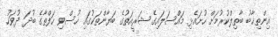
އިންތިޚާބު ބާތިލްކުރުމަށް ހުށައެޅި މައްސަލައިގެ ޝަރީއަތުގެ ބަޔާންތަަކުގައި ހުސްވި ހަފްތާގެ ބުދަ ދުވަހު